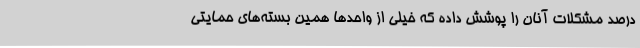
درصد مشکلات آنان را پوشش داده که خیلی از واحدها همین بسته‌های حمایتی